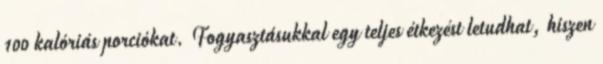
100 kalóriás porciókat. Fogyasztásukkal egy teljes étkezést letudhat, hiszen